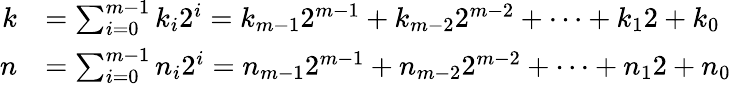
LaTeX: {\begin{array}{rl}{k}&{=\sum_{i=0}^{m-1}{k_{i}2^{i}}=k_{m-1}2^{m-1}+k_{m-2}2^{m-2}+\dots+k_{1}2+k_{0}}\\ {n}&{=\sum_{i=0}^{m-1}{n_{i}2^{i}}=n_{m-1}2^{m-1}+n_{m-2}2^{m-2}+\dots+n_{1}2+n_{0}}\end{array}}